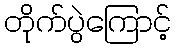
တိုက်ပွဲကြောင့်